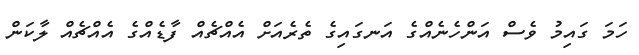
ހަމަ ގައިމު ވެސް އަންހެނެއްގެ އަނގައިގެ ތެރެއަށް އެއްޗެއް ފާޑެއްގެ އެއްޗެއް ލާކަން